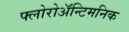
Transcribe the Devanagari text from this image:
फ्लोरोअॅन्टिमनिक